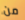
من